Civil Veterinary Dept. Bombay admin report 1932-41 - 1932-1941
Year: 1932
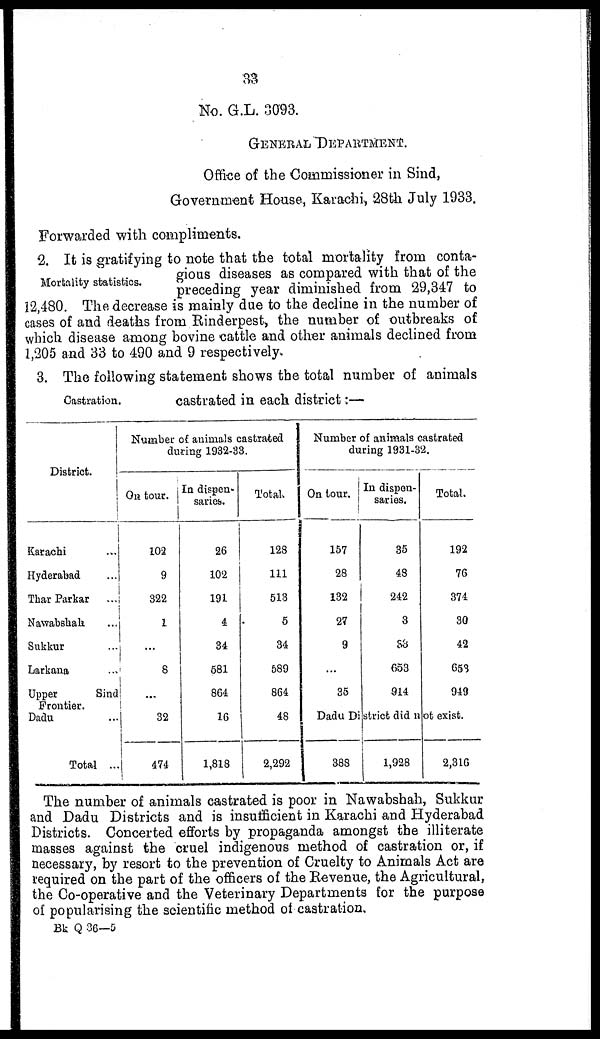
Mortality statistics.
33
No. G.L. 3093.
GENERAL
DEPARTMENT
Office of the Commissioner in Sind,
Government House, Karachi, 28th July 1933.
Forwarded with compliments.
Mortality statistics.
2. It is gratifying to note that the total mortality from conta-
gious diseases as compared with that of the
preceding year diminished from 29,347 to
12,480. The decrease is mainly due to the decline in the number of
cases of and deaths from Rinderpest, the number of outbreaks of
which disease among bovine cattle and other animals declined from
1,205 and 33 to 490 and 9 respectively.
Castration.
3. The following statement shows the total number of animals
castrated in each district :—
District.
Karachi …
Hyderabad …
Thar Parkar ...
Nawabshak ...
Sukkur ...
Larkana ...
Upper
Sind
Frontier.
Dadu ...
Total ...
Number of animals castrated
during 1932-33.
On tour.
102
9
322
1
…
8
…
32
474
In dispen-
saries.
26
102
191
4
34
581
864
16
1,818
Total.
128
111
513
5
34
589
864
48
2,292
Number of animals castrated
during 1931-32.
On tour.
157
28
132
27
9
…
35
In dispen-
saries.
35
48
242
3
38
653
914
Total.
192
76
374
30
42
653
949
Dadu District did not exist.
388
1,928
2,316
The number of animals castrated is poor in Nawabshah, Sukkur
and Dadu Districts and is insufficient in Karachi and Hyderabad
Districts. Concerted efforts by propaganda amongst the illiterate
masses against the cruel indigenous method of castration or, if
necessary, by resort to the prevention of Cruelty to Animals Act are
required on the part of the officers of the Revenue, the Agricultural,
the Co-operative and the Veterinary Departments for the purpose
of popularising the scientific method of castration.
Bk Q 36—5